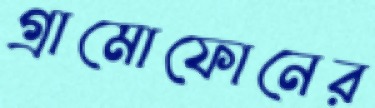
গ্রামোফোনের